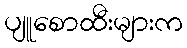
ပျူစောထီးများက